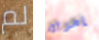
لم إمرأة